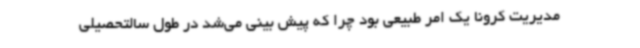
مدیریت کرونا یک امر طبیعی بود چرا که پیش بینی‌ می‌شد در طول سالتحصیلی